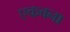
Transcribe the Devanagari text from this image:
एकवना